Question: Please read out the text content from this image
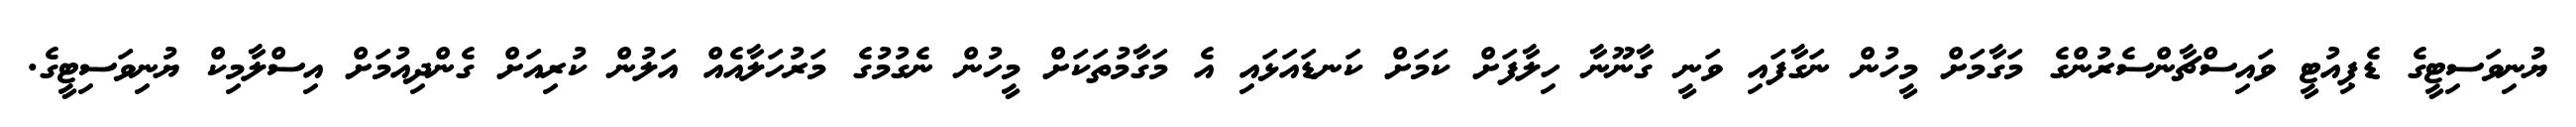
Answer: ޔުނިވަސިޓީގެ ޑެޕިއުޓީ ވައިސްޗާންސެރުންގެ މަގާމަށް މީހުން ނަގާފައި ވަނީ ގާނޫނާ ހިލާފަށް ކަމަށް ކަނޑައަޅައި އެ މަގާމުތަކަށް މީހުން ނެގުމުގެ މަރުހަލާއެއް އަލުން ކުރިއަށް ގެންދިއުމަށް އިސްލާމިކް ޔުނިވަސިޓީގެ.